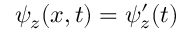
\psi _ { z } ( x , t ) = \psi _ { z } ^ { \prime } ( t )